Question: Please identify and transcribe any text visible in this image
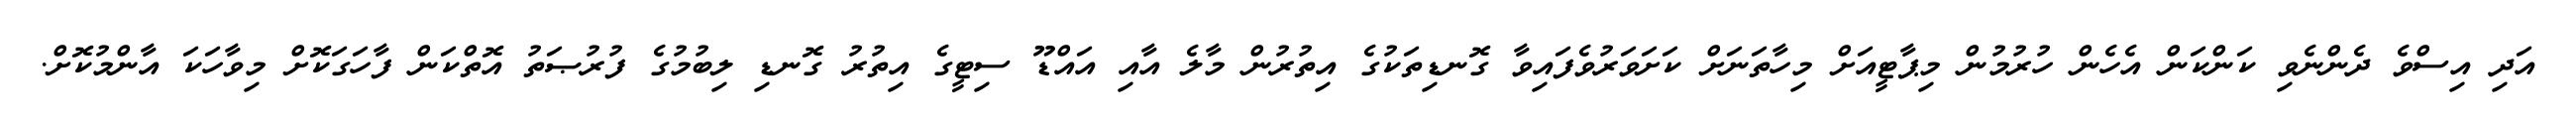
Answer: އަދި އިސްވެ ދެންނެވި ކަންކަން އެހެން ހުރުމުން މިޕާޓީއަށް މިހާތަނަށް ކަށަވަރުވެފައިވާ ގޮނޑިތަކުގެ އިތުރުން މާލެ އާއި އައްޑޫ ސިޓީގެ އިތުރު ގޮނޑި ލިބުމުގެ ފުރުޞަތު އޮތްކަން ފާހަގަކޮށް މިވާހަކަ އާންމުކޮށް.